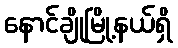
နောင်ချိုမြို့နယ်ရှိ